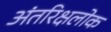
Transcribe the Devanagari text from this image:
अंतरिक्षलोक